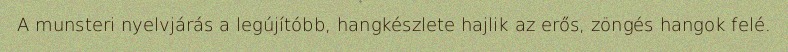
A munsteri nyelvjárás a legújítóbb, hangkészlete hajlik az erős, zöngés hangok felé.